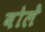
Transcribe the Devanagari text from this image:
बोलेे